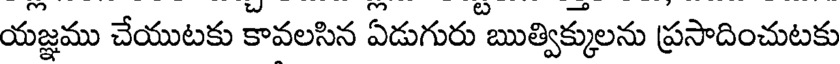
యజ్ఞము చేయుటకు కావలసిన ఏడుగురు బుత్విక్కులను ప్రసాదించుటకు